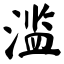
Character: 滥